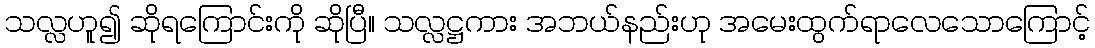
သလ္လဟူ၍ ဆိုရကြောင်းကို ဆိုပြီ။ သလ္လဋ္ဌကား အဘယ်နည်းဟု အမေးထွက်ရာလေသောကြောင့်